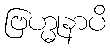
ဗြဟ္မုနာပိ